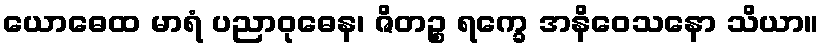
ယောဓေထ မာရံ ပညာဝုဓေန၊ ဇိတဉ္စ ရက္ခေ အနိဝေသနော သိယာ။